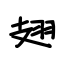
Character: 翅